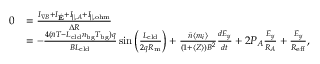
\begin{array} { r l } { 0 } & { = \frac { I _ { \nabla B } + I _ { \dot { \mathbf { E } } } + I _ { \| , A } + I _ { \| , \mathrm { o h m } } } { \Delta R } } \\ & { = - \frac { 4 ( \bar { n } T - L _ { \mathrm { c l d } } n _ { \mathrm { b g } } T _ { \mathrm { b g } } ) q } { B L _ { \mathrm { c l d } } } \sin { \left( \frac { L _ { \mathrm { c l d } } } { 2 q R _ { \mathrm { m } } } \right) } + \frac { \bar { n } \langle m _ { i } \rangle } { ( 1 + \langle Z \rangle ) B ^ { 2 } } \frac { d E _ { y } } { d t } + 2 P _ { A } \frac { E _ { y } } { R _ { A } } + \frac { E _ { y } } { R _ { \mathrm { e f f } } } , } \end{array}